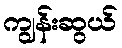
ကျွန်းဆွယ်